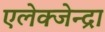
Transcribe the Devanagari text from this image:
एलेक्जेन्द्रा